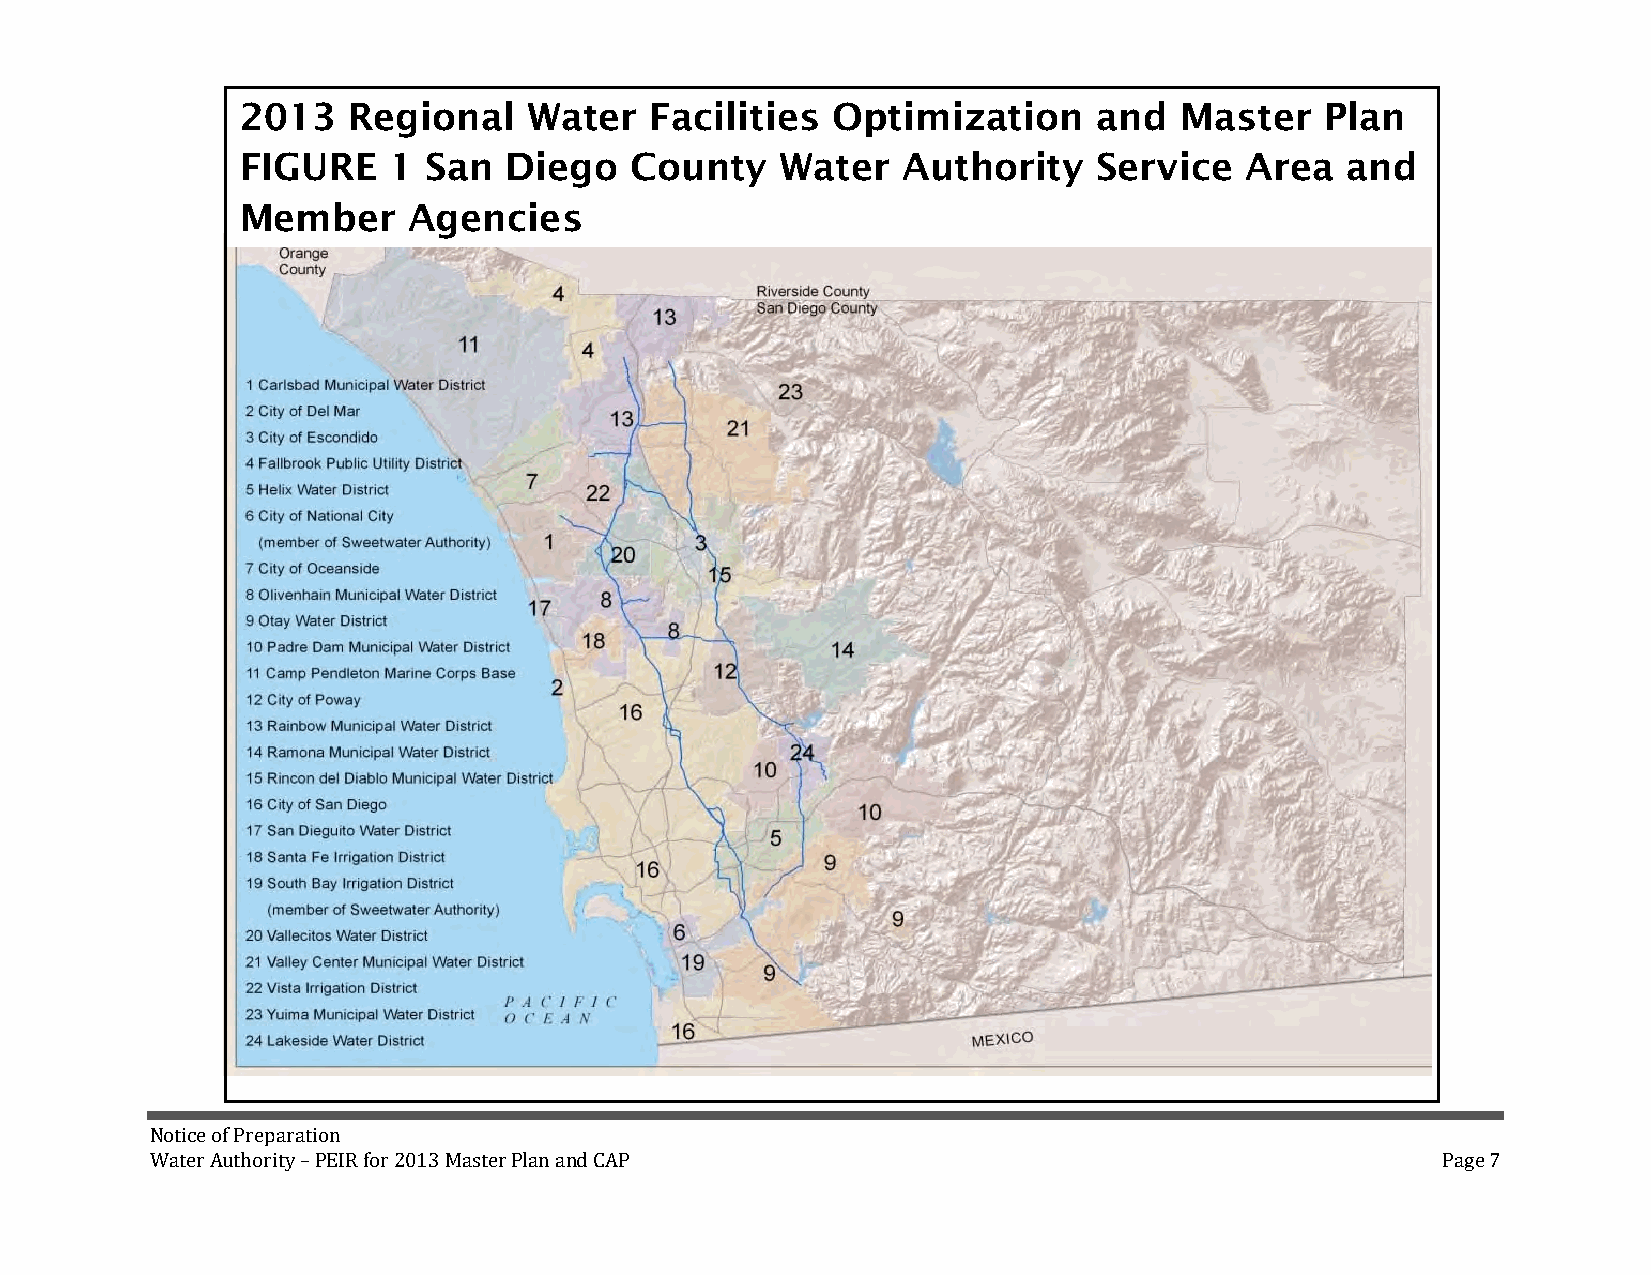
2013   Regional    Water   Facilities  Optimization      and  Master    Plan
 FIGURE    1 San  Diego    County    Water   Authority    Service  Area   and
 Member     Agencies
 N otice of Preparation
 Water Authority – PEIR for 2013 Master Plan and CAP                                  Page 7